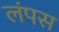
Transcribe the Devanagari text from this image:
लंपस